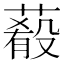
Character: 𦺔